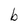
Character: b